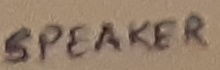
Text: SPEAKER